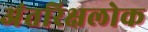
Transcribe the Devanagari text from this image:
अंतरिक्षलोक